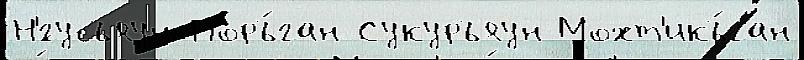
Н'́гусъяун Поръ́ган Сукуръяун Мохт'икъ́ган